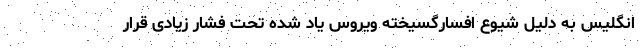
انگلیس به دلیل شیوع افسارگسیخته ویروس یاد شده تحت فشار زیادی قرار